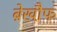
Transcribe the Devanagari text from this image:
बे़खौ़फ